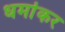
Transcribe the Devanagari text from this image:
धर्माकर